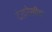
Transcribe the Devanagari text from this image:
देखरेखीचा